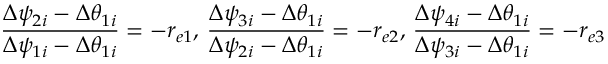
\frac { \Delta \psi _ { 2 i } - \Delta \theta _ { 1 i } } { \Delta \psi _ { 1 i } - \Delta \theta _ { 1 i } } = - r _ { e 1 } , \, \frac { \Delta \psi _ { 3 i } - \Delta \theta _ { 1 i } } { \Delta \psi _ { 2 i } - \Delta \theta _ { 1 i } } = - r _ { e 2 } , \, \frac { \Delta \psi _ { 4 i } - \Delta \theta _ { 1 i } } { \Delta \psi _ { 3 i } - \Delta \theta _ { 1 i } } = - r _ { e 3 }